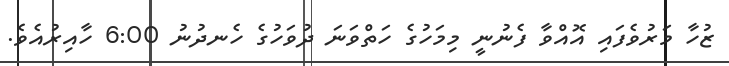
ޒުހާ މަރުވެފައި އޮއްވާ ފެނުނީ މިމަހުގެ ހަތްވަނަ ދުވަހުގެ ހެނދުނު 6:00 ހާއިރުއެވެ.